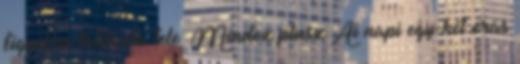
figyelése táblázta tele. Mindez plusz Ai napi egy-két órás